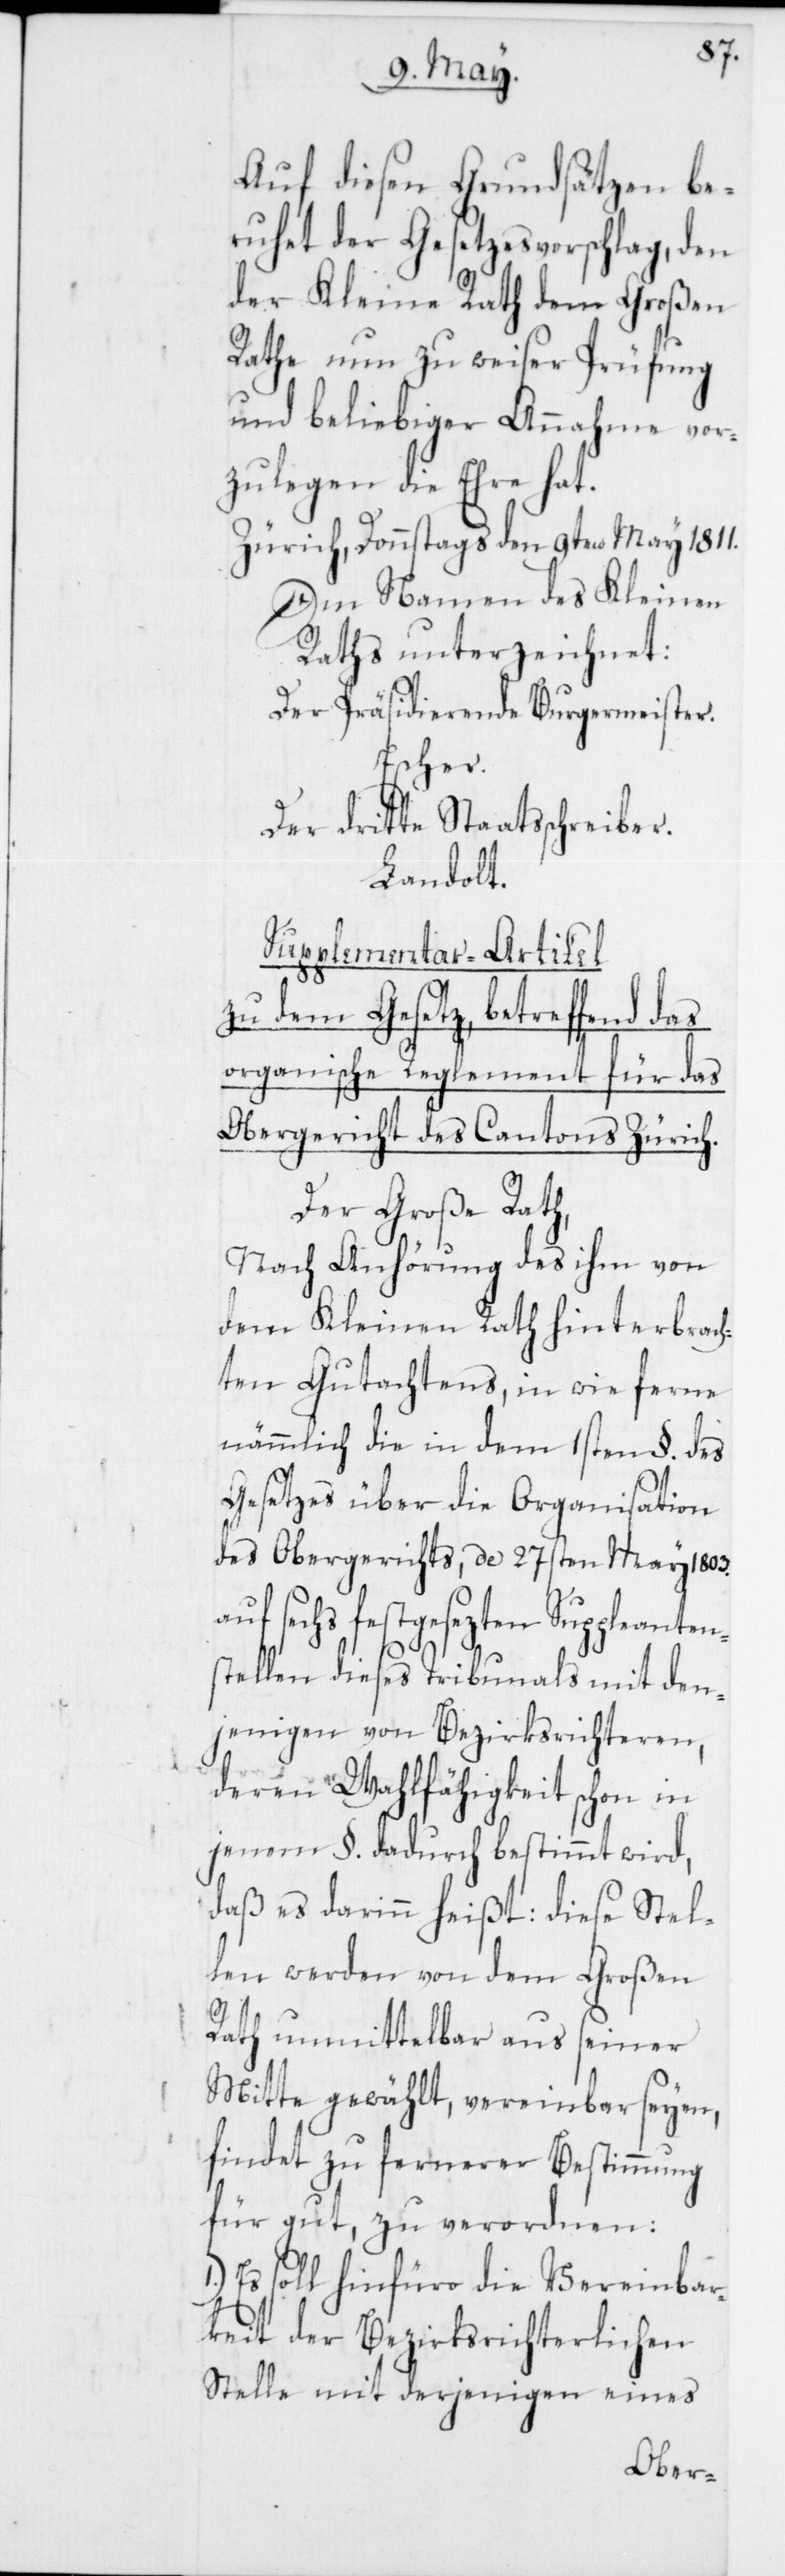
Auf diesen Grundsätzen be¬
ruhet der Gesetzesvorschlag, den
der Kleine Rath dem Großen
Rathe nun zu weiser Prüfung
und beliebiger Annahme vor¬
zulegen die Ehre hat.
Zürich, Donnstags den 9ten May 1811.
Im Namen des Kleinen
Raths unterzeichnet:
Der Präsidierende Burgermeister.
Escher.
Der dritte Staatsschreiber.
Landolt.
Supplementar-Artikel
zu dem Gesetz, betreffend das
organische Reglement für das
Obergericht des Cantons Zürich.
Der Große Rath,
nach Anhörung des ihm von
dem Kleinen Rath hinterbrach¬
ten Gutachtens, in wie ferne
nämmlich die in dem 1sten §. des
Gesetzes über die Organisation
des Obergerichts, de 27sten May 1803.
zten Suppleanten¬
stellen dieses Tribunals mit den¬
jenigen von Bezirksrichteren,
deren Wahlfähigkeit schon in
jenem §. dadurch bestimmt wird,
daß es darinn heißt: diese Stel¬
len werden von dem Großen
Rath unmittelbar aus seiner
Mitte gewählt, vereinbar seyen,
findet zu fernerer Bestimmung
für gut, zu verordnen:
Es soll hinfüro die Vereinbar¬
keit der Bezirksrichterlichen
Stelle mit derje¬
nigen eines